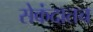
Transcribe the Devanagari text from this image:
सेकंदातच